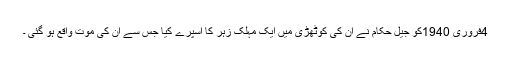
4فروری 1940کو جیل حکام نے ان کی کوٹھڑی میں ایک مہلک زہر کا اسپرے کیا جس سے ان کی موت واقع ہو گئی ۔